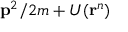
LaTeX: \mathbf { p } ^ { 2 } / 2 m + U ( \mathbf { r } ^ { n } )